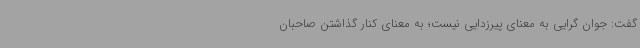
گفت: جوان گرایی به معنای پیرزدایی نیست؛ به معنای کنار گذاشتن صاحبان